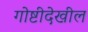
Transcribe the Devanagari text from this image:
गोष्टीदेखील